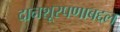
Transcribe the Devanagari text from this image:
दानशूरपणाबद्दल